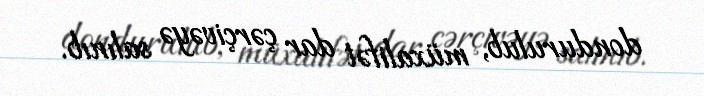
dondurulub, müxalifət dar çərçivəyə salınıb.